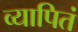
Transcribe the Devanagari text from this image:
व्यापितं